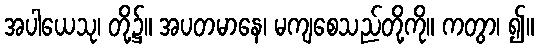
အပါယေသု၊ တို့၌။ အပတမာနေ၊ မကျစေသည်တို့ကို။ ကတွာ၊ ၍။